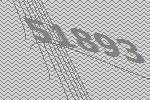
51893